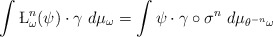
\begin{align*} \int\L_\omega^n(\psi)\cdot \gamma~d\mu_\omega=\int\psi\cdot \gamma\circ \sigma^n~d\mu_{\theta^{-n}\omega} \end{align*}